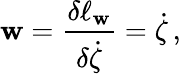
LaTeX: \mathbf{w}=\frac{{\delta\ell_{\mathbf{w}}}}{{\delta\dot{{\zeta}}}}=\dot{{\zeta}}\, ,